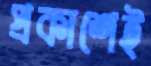
প্রকাশেই